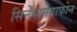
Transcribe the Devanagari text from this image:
सिनेमामेगाफोन